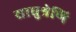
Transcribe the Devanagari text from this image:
साधुश्रेणि